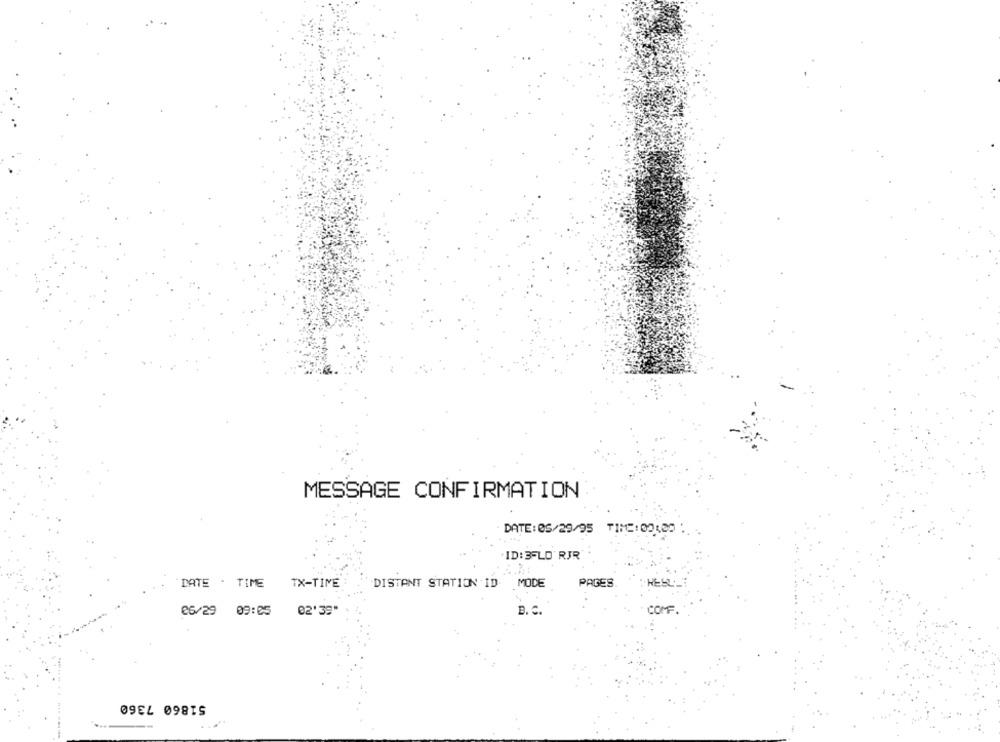
MESSAGE CONFIRMATION
DATE: 05/29/95 TIME: 00120
.ID: 35LO RJR
DATE . TIME
TX-TIME
DISTANT STATION ID MODE
PAGES
HES
26/29 09:05
02'39"
B. C.
COM
51860 7360